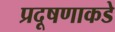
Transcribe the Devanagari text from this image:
प्रदूषणाकडे